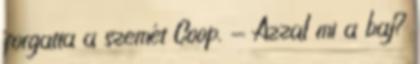
forgatta a szemét Coop. - Azzal mi a baj?